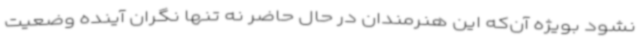
نشود بویژه آن‌که این هنرمندان در حال حاضر نه تنها نگران آینده وضعیت